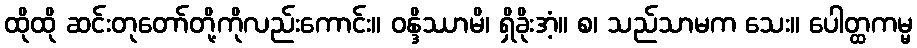
ထိုထို ဆင်းတုတော်တို့ကိုလည်းကောင်း။ ဝန္ဒိဿာမိ၊ ရှိခိုးအံ့။ စ၊ သည်သာမက သေး။ ပေါတ္ထကမ္မ